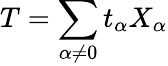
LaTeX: T=\sum_{\alpha\neq 0}t_{\alpha}X_{\alpha}